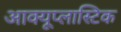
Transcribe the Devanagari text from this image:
आक्यूप्लास्टिक